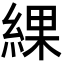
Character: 綶